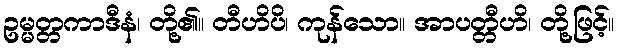
ဥမ္မတ္တကာဒီနံ၊ တို့၏။ တီဟိပိ၊ ကုန်သော။ အာပတ္တီဟိ၊ တို့ဖြင့်။